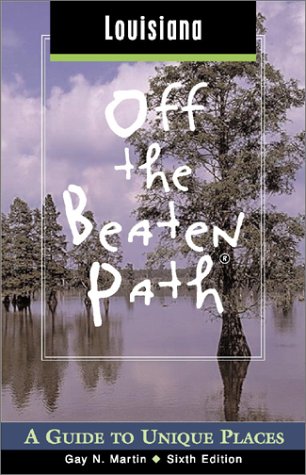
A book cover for Louisiana off the Beaten Path, 6th: A Guide to Unique Places (Off the Beaten Path Series); Gay N. Martin; Travel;